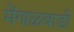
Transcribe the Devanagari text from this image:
मेंगाळवाडी